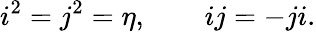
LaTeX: i^{2}=j^{2}=\eta,\qquad ij=-ji.